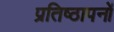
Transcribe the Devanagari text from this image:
प्रतिष्ठापनों